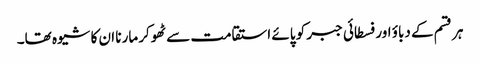
ہر قسم کے دباؤ اور فسطائی جبر کو پائے استقامت سے ٹھوکر مارنا ان کا شیوہ تھا۔